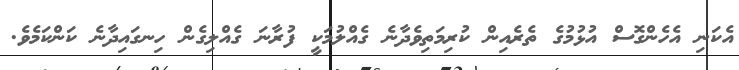
އެކަނި އެހެންގޮސް އުޅުމުގެ ތެރެއިން ކުރިމަތިވެދާނެ ގެއްލުމަކީ ފުރާނަ ގެއްލިގެން ހިނގައިދާނެ ކަންކަމެވެ.